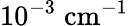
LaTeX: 10^{-3}\; \mathrm{cm}^{-1}